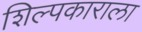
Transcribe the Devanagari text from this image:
शिल्पकाराला